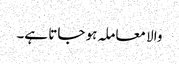
والا معاملہ ہو جاتا ہے۔